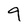
Character: 9